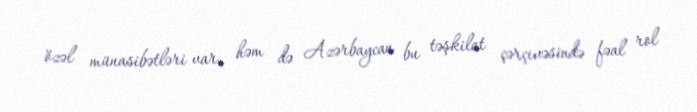
özəl münasibətləri var, həm də Azərbaycan bu təşkilat çərçivəsində fəal rol